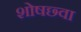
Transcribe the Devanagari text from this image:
शोषछ्वा